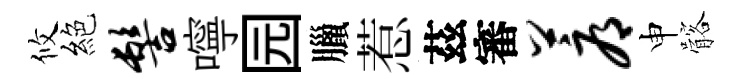
攸絕髻嚀园臘惹茲審蓐申髂